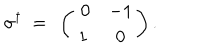
\sigma ^ { \dagger } ~ = ~ \left( \begin{matrix} { { ~ 0 } } & { { - 1 } } \\ { { 1 } } & { { 0 } } \\ \end{matrix} \right) .